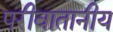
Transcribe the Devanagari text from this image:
परीवातानीय